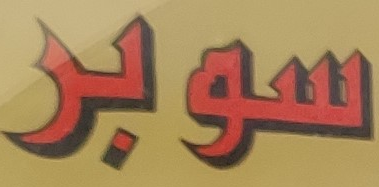
سوبر